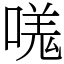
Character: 嗴